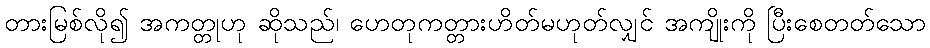
တားမြစ်လို၍ အကတ္တုဟု ဆိုသည်၊ ဟေတုကတ္တားဟိတ်မဟုတ်လျှင် အကျိုးကို ပြီးစေတတ်သော